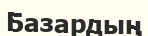
Базардың